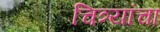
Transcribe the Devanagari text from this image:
चित्र्यांचा